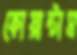
কোয়ান্টাম